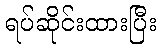
ရပ်ဆိုင်းထားပြီး